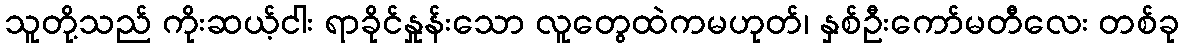
သူတို့သည် ကိုးဆယ့်ငါး ရာခိုင်နှုန်းသော လူတွေထဲကမဟုတ်၊ နှစ်ဦးကော်မတီလေး တစ်ခု